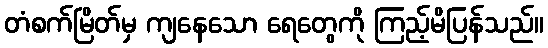
တံစက်မြိတ်မှ ကျနေသော ရေတွေကို ကြည့်မိပြန်သည်။